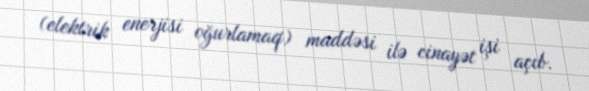
(elektrik enerjisi oğurlamaq) maddəsi ilə cinayət işi açıb.